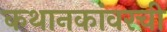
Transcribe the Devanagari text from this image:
कथानकांवरची